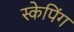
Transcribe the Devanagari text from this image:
स्केपिंग